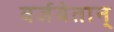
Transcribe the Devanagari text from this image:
वर्जयेतान्